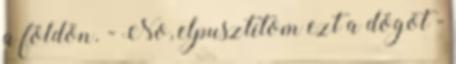
a földön. - No, elpusztítom ezt a dögöt -